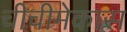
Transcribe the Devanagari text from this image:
चीचीमेकास